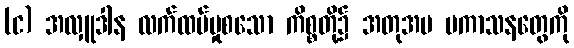
(င) အလှူဒါန လက်ထပ်မှုစသော ကိစ္စတို့၌ အတုအပ ပကာသနတွေကို